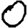
Digit: 0